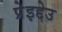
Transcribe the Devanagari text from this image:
प्रेइद्देउ